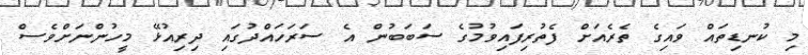
މި ކުނޑިތައް ވައިގެ ތެރެއަށް ފެތުރިފައިވުމުގެ ސަބަބުން އެ ސަރަހައްދުގައި ދިރިއުޅޭ މީހުންނަށްވެސް